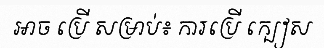
អាច ប្រើ សម្រាប់៖ ការប្រើ ក្បៀស